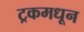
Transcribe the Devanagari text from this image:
ट्रकमधून